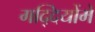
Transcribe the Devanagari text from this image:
गद्दियोंमें